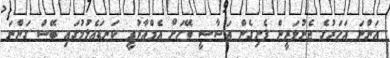
އަންނަ އަހަރުގެ ޖެނުވަރީން ފެށިގެން އަސާސީ ބޭހަށް އެމްއާރުޕީ ކަނޑައެޅުމުގައި ބޭސް ގަންނަ